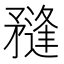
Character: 𥎌